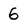
Character: 6